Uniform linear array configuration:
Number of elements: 16
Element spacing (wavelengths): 0.5
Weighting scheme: binomial
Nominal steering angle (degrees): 45
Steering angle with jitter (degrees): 43.952
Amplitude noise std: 0.05
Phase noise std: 0.05

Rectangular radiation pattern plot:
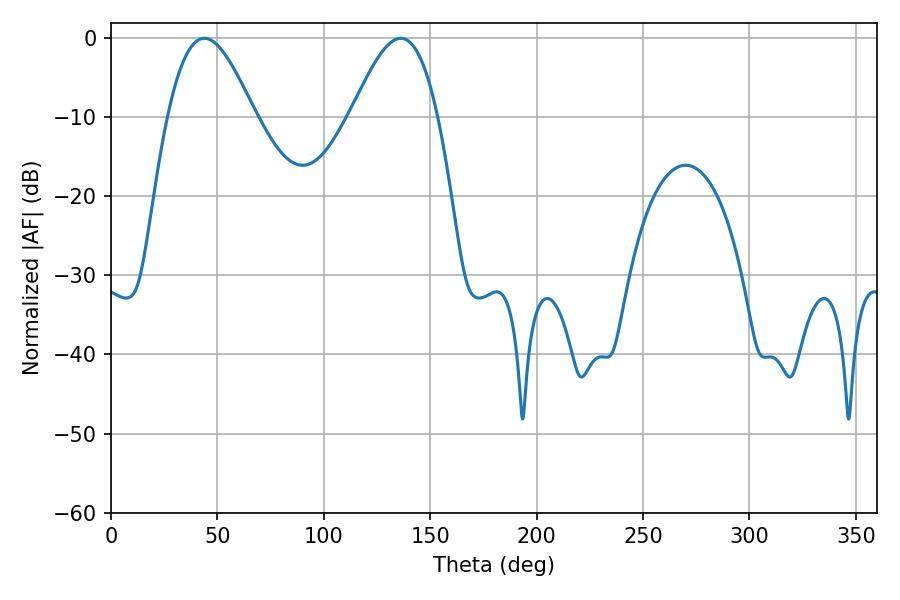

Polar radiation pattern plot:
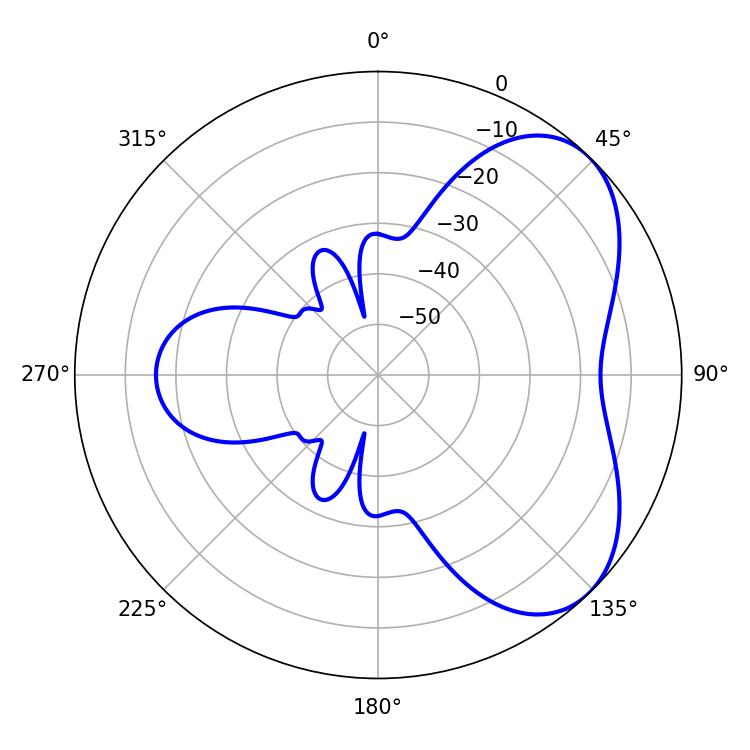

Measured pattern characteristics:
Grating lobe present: FALSE
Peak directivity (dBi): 5.228
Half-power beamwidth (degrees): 21.96
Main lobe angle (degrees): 43.92